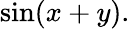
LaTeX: \sin(x+y).